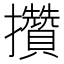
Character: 攢